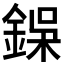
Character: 𮢇